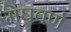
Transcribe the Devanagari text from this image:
मेघवर्ण